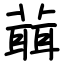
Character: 𦻙